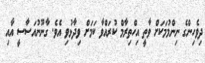
ދިވެހިންގެ ނިންމުމަކަށް ވާތީ އިހްތިރާމް ކުރައްވާ ކަމަށް ވިދާޅުވި އެވެ. ގާނޫނުއަސާސީ އާއި